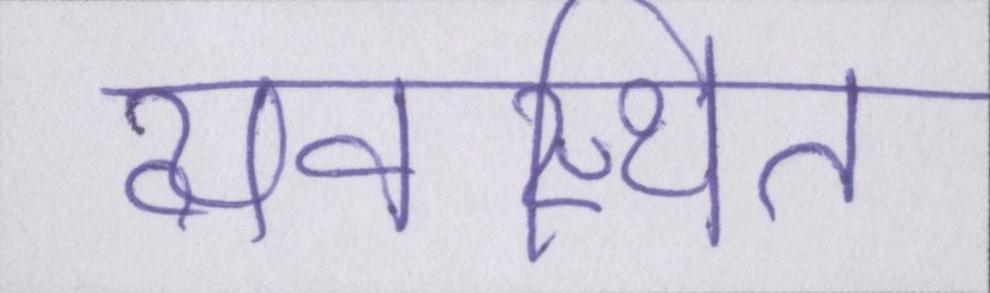
व्यवस्थित